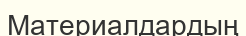
Материалдардың